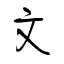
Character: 文